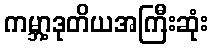
ကမ္ဘာ့ဒုတိယအကြီးဆုံး